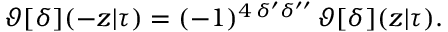
\vartheta [ \delta ] ( - z | \tau ) = ( - 1 ) ^ { 4 \, \delta ^ { \prime } \delta ^ { \prime \prime } } \, \vartheta [ \delta ] ( z | \tau ) .